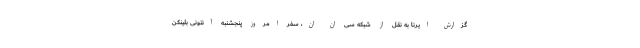
گزارش ایرنا به نقل از شبکه سی ان ان، سفر امروز پنجشنبه آنتونی بلینکن